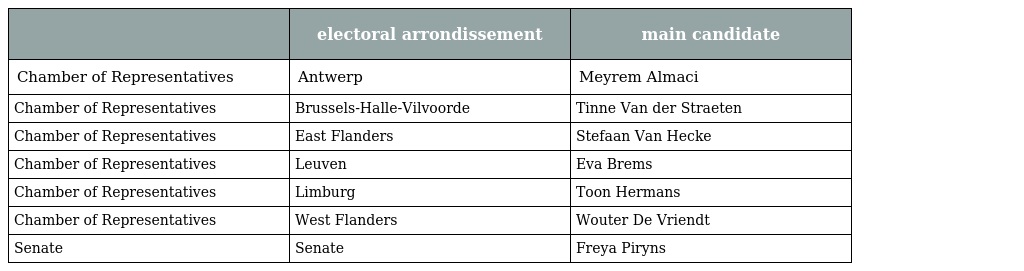
|  | electoral arrondissement | main candidate |
 | --- | --- | --- |
 | Chamber of Representatives | Antwerp | Meyrem Almaci |
 | Chamber of Representatives | Brussels-Halle-Vilvoorde | Tinne Van der Straeten |
 | Chamber of Representatives | East Flanders | Stefaan Van Hecke |
 | Chamber of Representatives | Leuven | Eva Brems |
 | Chamber of Representatives | Limburg | Toon Hermans |
 | Chamber of Representatives | West Flanders | Wouter De Vriendt |
 | Senate | Senate | Freya Piryns |